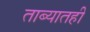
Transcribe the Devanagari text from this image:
ताब्यातही